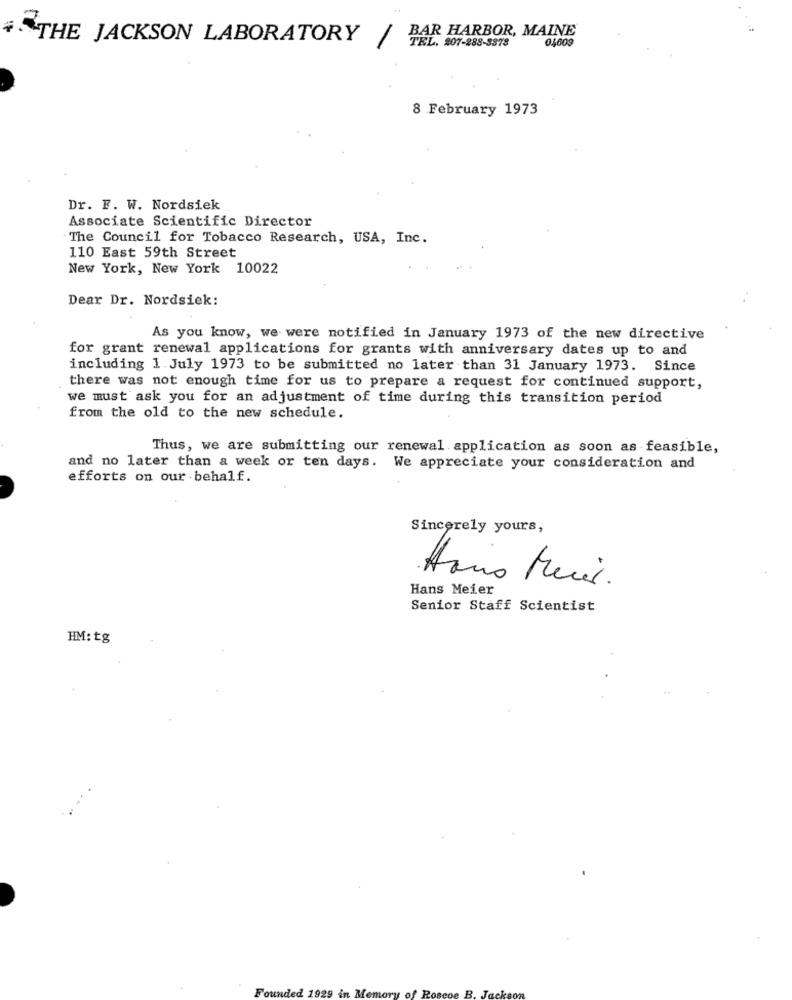
BAR HARBOR, MAINE
+THE JACKSON LABORATORY /
TEL. 207-288-3878
04609
8 February 1973
Dr. F. W. Nordsiek
Associate Scientific Director
The Council for Tobacco Research, USA, Inc.
110 East 59th Street
New York, New York 10022
Dear Dr. Nordsiek:
As you know, we were notified in January 1973 of the new directive
for grant renewal applications for grants with anniversary dates up to and
including 1 July 1973 to be submitted no later than 31 January 1973. Since
there was not enough time for us to prepare a request for continued support,
we must ask you for an adjustment of time during this transition period
from the old to the new schedule.
Thus, we are submitting our renewal application as soon as feasible,
and no later than a week or ten days. We appreciate your consideration and
efforts on our behalf.
Sincerely yours,
Hans Meier
Senior Staff Scientist
HM: tg
Founded 1929 in Memory of Ros